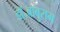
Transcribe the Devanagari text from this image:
डॉ॰बाबुराम